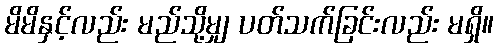
မိမိနှင့်လည်း မည်သို့မျှ ပတ်သက်ခြင်းလည်း မရှိ။